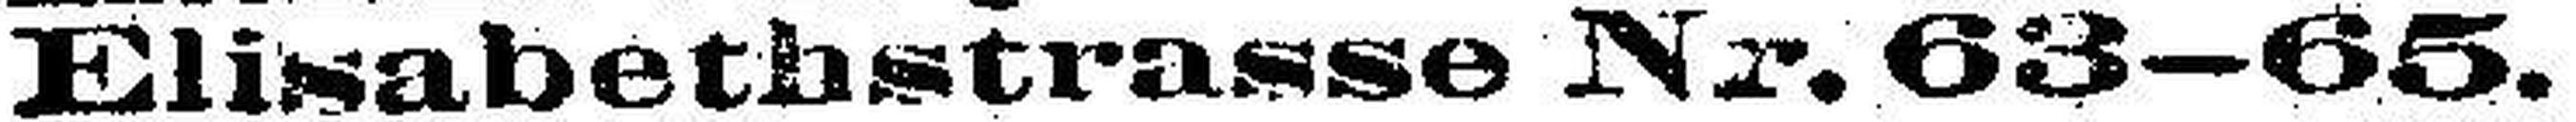
Elisabethstrasse Nr. 63—65.